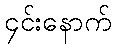
၄င်းနောက်